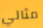
مثالي